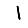
Digit: 1